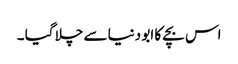
اس بچے کا ابو دنیا سے چلا گیا ۔